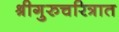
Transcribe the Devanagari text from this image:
श्रीगुरुचरित्रात